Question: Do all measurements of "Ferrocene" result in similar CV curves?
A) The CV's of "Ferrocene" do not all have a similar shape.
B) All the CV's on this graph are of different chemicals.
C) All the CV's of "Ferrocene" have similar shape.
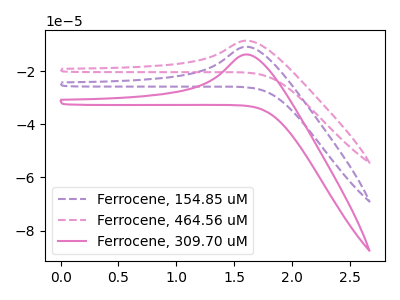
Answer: <think>The purple dashed curve "Ferrocene, 154.85 uM" has an anodic peak at: (1.60V, -10.80uA). The pink dashed curve "Ferrocene, 464.56 uM" has an anodic peak at: (1.60V, -21.60uA). The pink curve "Ferrocene, 309.70 uM" has an anodic peak at: (1.60V, -13.70uA).
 All the peaks in "Ferrocene, 154.85 uM" have a peak in "Ferrocene, 464.56 uM" at the same potential. Every peak in "Ferrocene, 154.85 uM" is higher than every peak in "Ferrocene, 464.56 uM". All the peaks in "Ferrocene, 154.85 uM" have a peak in "Ferrocene, 309.70 uM" at the same potential. Every peak in "Ferrocene, 154.85 uM" is higher than every peak in "Ferrocene, 309.70 uM". All the peaks in "Ferrocene, 464.56 uM" have a peak in "Ferrocene, 309.70 uM" at the same potential. Every peak in "Ferrocene, 464.56 uM" is lower than every peak in "Ferrocene, 309.70 uM".</think>
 <answer>C) All the CV's of "Ferrocene" have similar shape.</answer>
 <eval>C</eval>